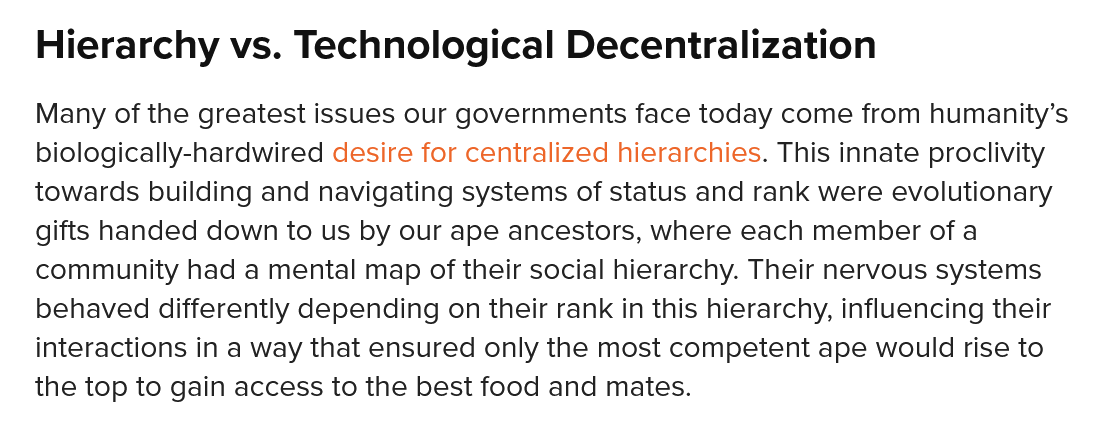
Hierarchy    vs.  Technological    Decentralization
   Many of the greatest issues our governments face today come  from humanity’s
   biologically-hardwired desire for centralized hierarchies. This innate proclivity
   towards building and navigating systems of status and rank were evolutionary
   gifts handed down to us by our ape ancestors, where each member  of a
   community  had a mental map of their social hierarchy. Their nervous systems
   behaved differently depending on their rank in this hierarchy, influencing their
   interactions in a way that ensured only the most competent ape would rise to
   the top to gain access to the best food and mates.